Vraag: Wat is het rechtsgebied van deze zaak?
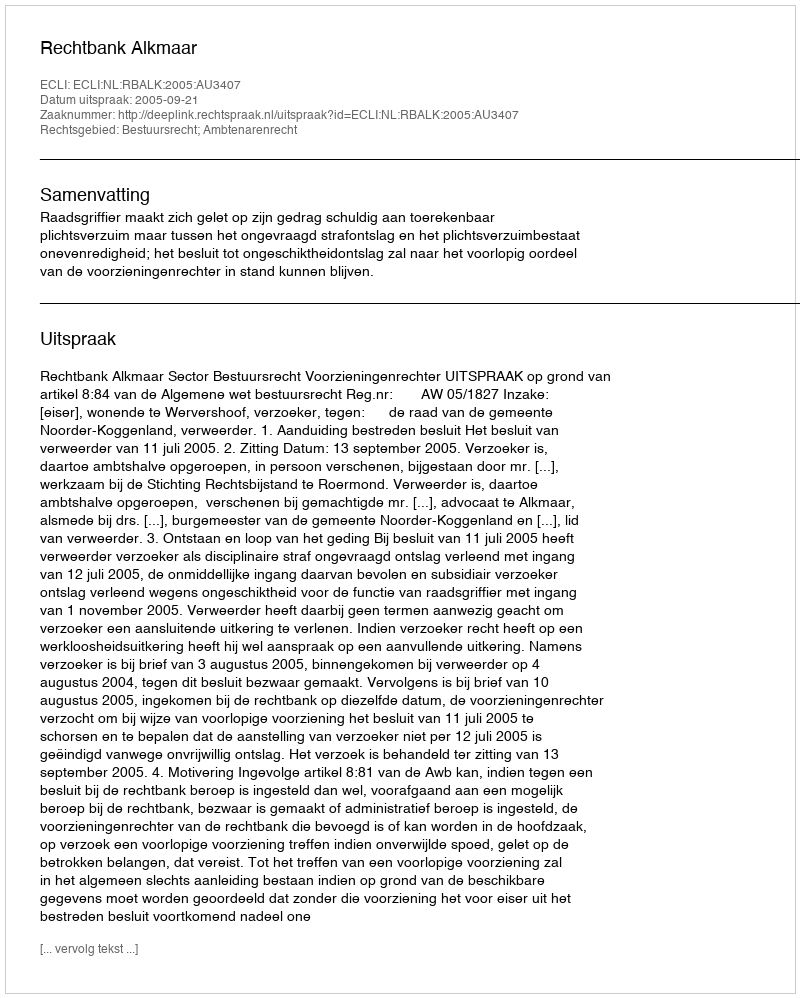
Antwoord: Bestuursrecht; Ambtenarenrecht